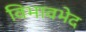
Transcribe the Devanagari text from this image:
विभावभेद